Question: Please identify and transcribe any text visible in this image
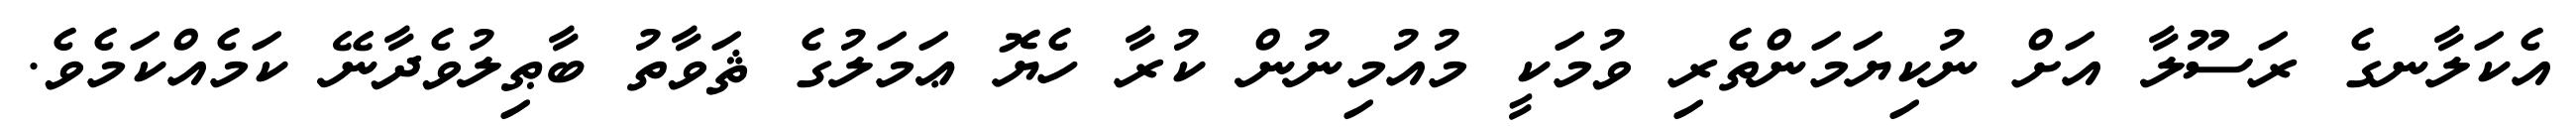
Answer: އެކަލާނގެ ރަސޫލާ އަށް ނުކިޔަމަންތެރި ވުމަކީ މުއުމިނުން ކުރާ ހެޔޮ ޢަމަލުގެ ޘަވާތު ބާޠިލުވެދާނޭ ކަމެއްކަމެވެ.